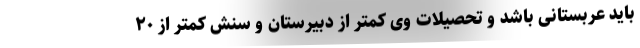
باید عربستانی باشد و تحصیلات وی کمتر از دبیرستان و سنش کمتر از ۲۰